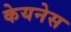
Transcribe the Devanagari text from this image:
केयनेस